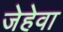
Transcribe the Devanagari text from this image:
जेहेवा